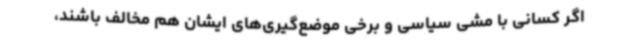
اگر کسانی با مشی سیاسی و برخی موضع‌گیری‌های ایشان هم مخالف باشند،